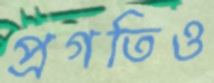
প্রগতিও